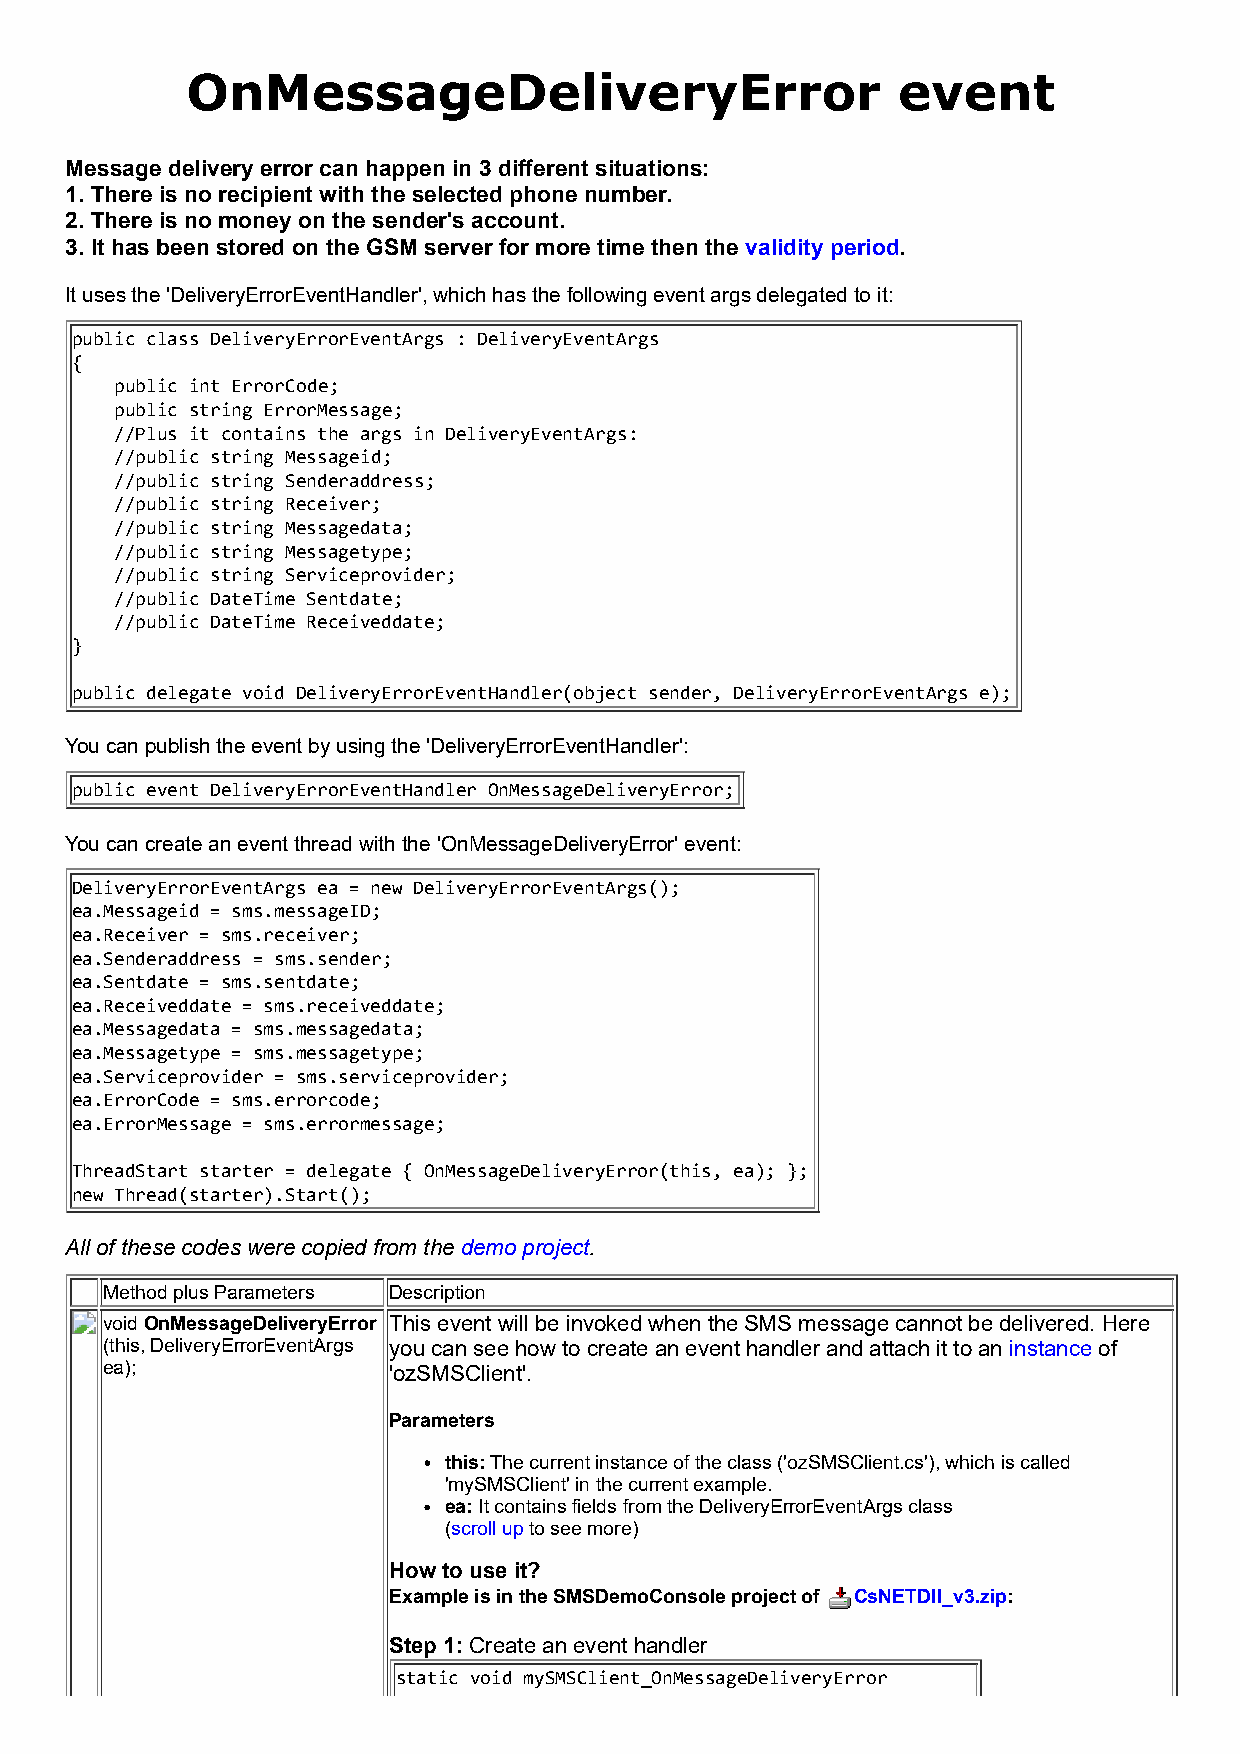
OnMessageDeliveryError                         event
 Message delivery error can happen in 3 different situations:
 1. There is no recipient with the selected phone number.
 2. There is no money on the sender's account.
 3. It has been stored on the GSM server for more time then the validity period.
 It uses the 'DeliveryErrorEventHandler', which has the following event args delegated to it:
 public class DeliveryErrorEventArgs : DeliveryEventArgs
 {
 public int ErrorCode;
 public string ErrorMessage;
 //Plus it contains the args in DeliveryEventArgs:
 //public string Messageid;
 //public string Senderaddress;
 //public string Receiver;
 //public string Messagedata;
 //public string Messagetype;
 //public string Serviceprovider;
 //public DateTime Sentdate;
 //public DateTime Receiveddate;
 }
 public delegate void DeliveryErrorEventHandler(object sender, DeliveryErrorEventArgs e);
 You can publish the event by using the 'DeliveryErrorEventHandler':
 public event DeliveryErrorEventHandler OnMessageDeliveryError;
 You can create an event thread with the 'OnMessageDeliveryError' event:
 DeliveryErrorEventArgs ea = new DeliveryErrorEventArgs();
 ea.Messageid = sms.messageID;
 ea.Receiver = sms.receiver;
 ea.Senderaddress = sms.sender;
 ea.Sentdate = sms.sentdate;
 ea.Receiveddate = sms.receiveddate;
 ea.Messagedata = sms.messagedata;
 ea.Messagetype = sms.messagetype;
 ea.Serviceprovider = sms.serviceprovider;
 ea.ErrorCode = sms.errorcode;
 ea.ErrorMessage = sms.errormessage;
 ThreadStart starter = delegate { OnMessageDeliveryError(this, ea); };
 new Thread(starter).Start();
 All of these codes were copied from the demo project.
 Method plus Parameters Description
 void OnMessageDeliveryError This event will be invoked when the SMS message cannot be delivered. Here
 (this, DeliveryErrorEventArgs you can see how to create an event handler and attach it to an instance of
 ea);               'ozSMSClient'.
 Parameters
 this: The current instance of the class ('ozSMSClient.cs'), which is called
 'mySMSClient' in the current example.
 ea: It contains fields from the DeliveryErrorEventArgs class
 (scroll up to see more)
 How to use it?
 Example is in the SMSDemoConsole project of CsNETDll_v3.zip:
 Step 1: Create an event handler
 static void mySMSClient_OnMessageDeliveryError